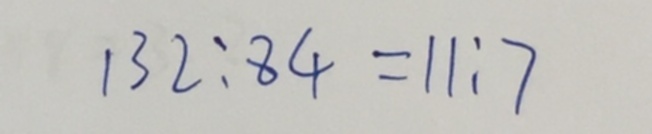
1 3 2 : 8 4 = 1 1 : 7